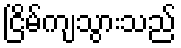
ငြိမ်ကျသွားသည်